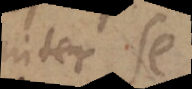
inter se.